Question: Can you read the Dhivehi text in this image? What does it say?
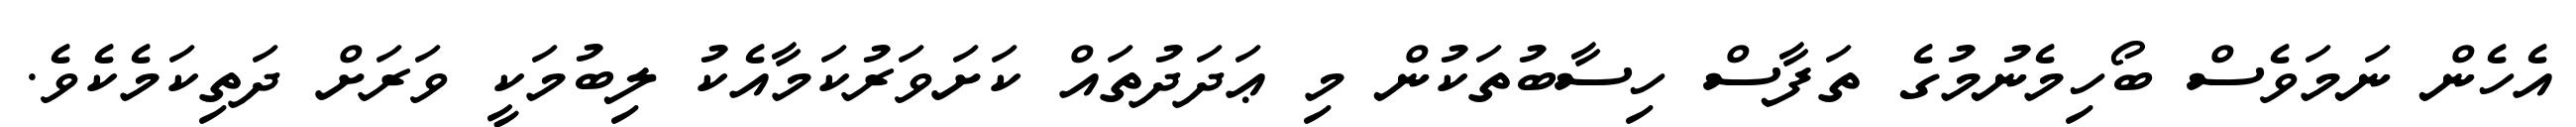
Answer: އެހެން ނަމަވެސް ބޯހިމެނުމުގެ ތަފާސް ހިސާބުތަކުން މި ޢަދަދުތައް ކަށަވަރުކަމާއެކު ލިބުމަކީ ވަރަށް ދަތިކަމެކެވެ.